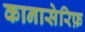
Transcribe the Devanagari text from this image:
कानासेरिफ़